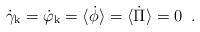
LaTeX: \begin{align*}\dot\gamma_{\rm k}=\dot\varphi_{\rm k}=\langle\dot\phi\rangle= \langle\dot\Pi\rangle=0\;\;.\end{align*}